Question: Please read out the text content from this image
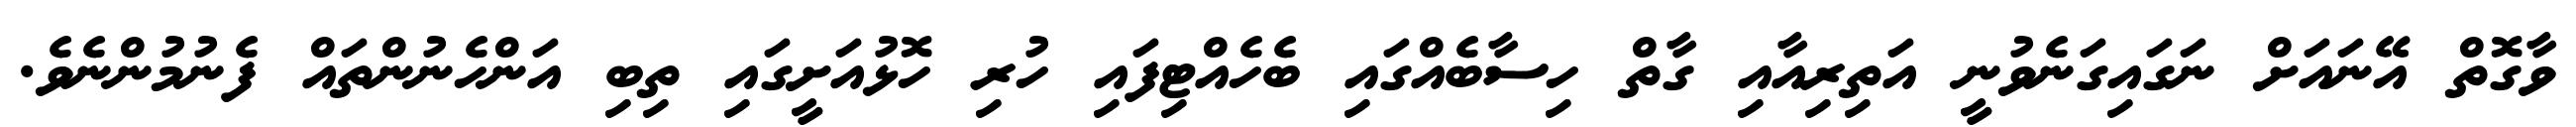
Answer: ވާގޮތް އޭނައަށް ނަގައިގަނެވުނީ އަތިރިއާއި ގާތް ހިސާބެއްގައި ބެހެއްޓިފައި ހުރި ހޮޅުއަށީގައި ތިބި އަންހެނުންތައް ފެނުމުންނެވެ.